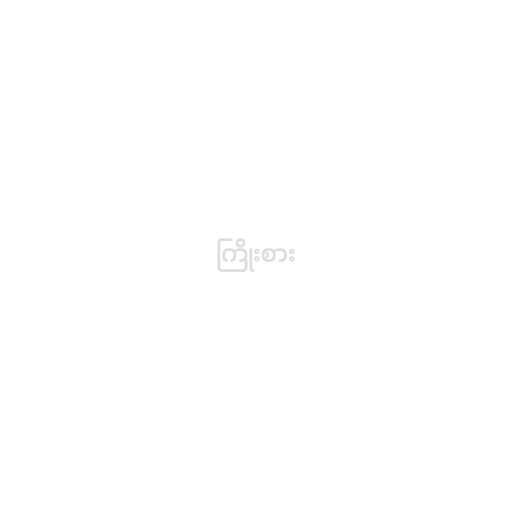
ကြိုးစား